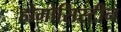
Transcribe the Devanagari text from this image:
होमोसिस्टीन